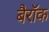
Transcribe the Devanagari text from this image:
बैरॉक